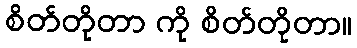
စိတ်တိုတာ ကို စိတ်တိုတာ။